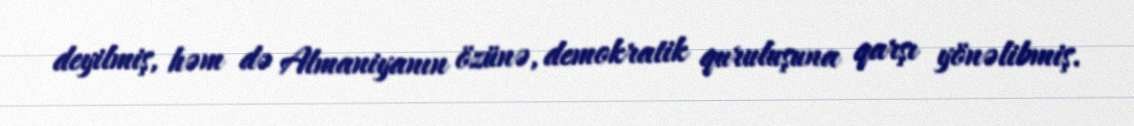
deyilmiş, həm də Almaniyanın özünə, demokratik quruluşuna qarşı yönəlibmiş.